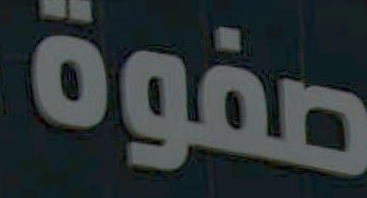
صفوة